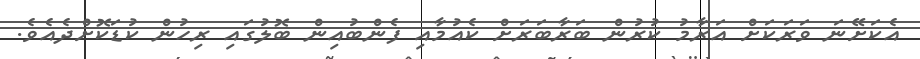
އެކަށޭނަ ވަރަކަށް އަރާމު ކުރުން ބަރާބަރަށް ކެއުމާއި ފެންބުއިން ބޮލުގައި ރިހުން ކުޑަކޮށްދެއެވެ.